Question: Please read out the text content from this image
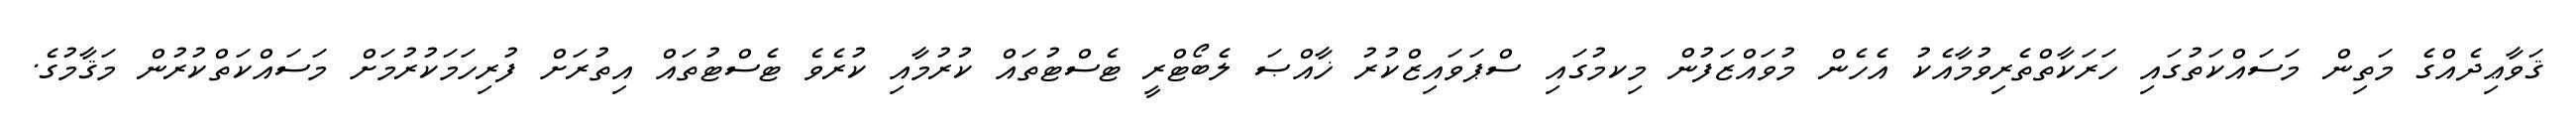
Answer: ޤަވާޢިދެއްގެ މަތިން މަސައްކަތުގައި ހަރަކާތްތެރިވުމާއެކު އެހެން މުވައްޒަފުން މިކމުގައި ސްޕަވައިޒްކުރު ޚާއްޞަ ލެބޯޓްރީ ޓެސްޓުތައް ކުރުމާއި ކުރެވެ ޓެސްޓުތައް އިތުރަށް ފުރިހަމަކުރުމަށް މަސައްކަތްކުރުން މަޤާމުގެ.